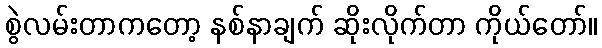
စွဲလမ်းတာကတော့ နစ်နာချက် ဆိုးလိုက်တာ ကိုယ်တော်။